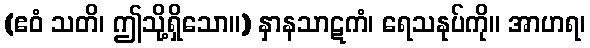
(ဧဝံ သတိ၊ ဤသို့ရှိသော။) နှာနသာဋကံ၊ ရေသနုပ်ကို။ အာဟရ၊